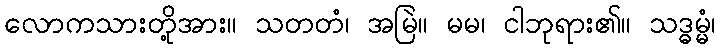
လောကသားတို့အား။ သတတံ၊ အမြဲ။ မမ၊ ငါဘုရား၏။ သဒ္ဓမ္မံ၊